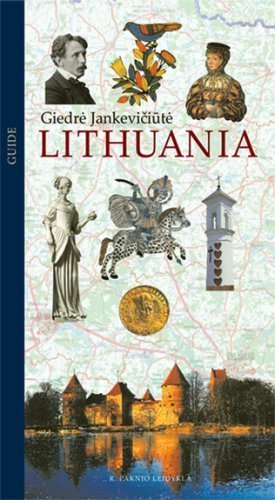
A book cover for Lithuania - Illustrated Travel Guide; Giedre Jankeviciute; Travel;